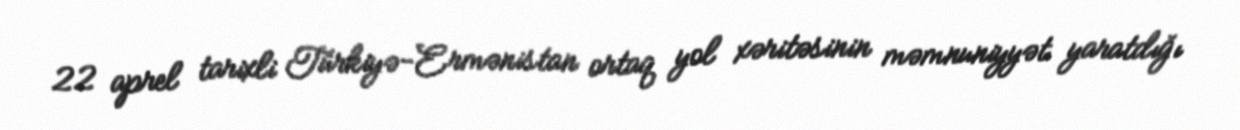
22 aprel tarixli Türkiyə-Ermənistan ortaq yol xəritəsinin məmnuniyyət yaratdığı